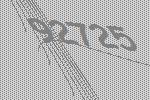
92725